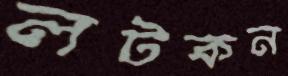
লটকন